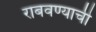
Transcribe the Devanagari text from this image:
राबवण्याची